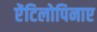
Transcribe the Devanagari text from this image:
ऐंटिलोपिनाए